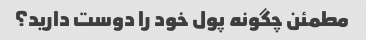
مطمئن چگونه پول خود را دوست دارید؟